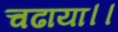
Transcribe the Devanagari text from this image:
चढाया।।